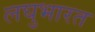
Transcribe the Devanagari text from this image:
लघुभारत